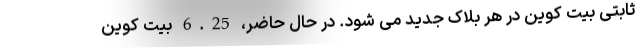
ثابتی بیت کوین در هر بلاک جدید می شود. در حال حاضر، 6.25 بیت کوین